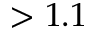
> 1 . 1